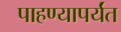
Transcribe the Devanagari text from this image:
पाहण्यापर्यंत